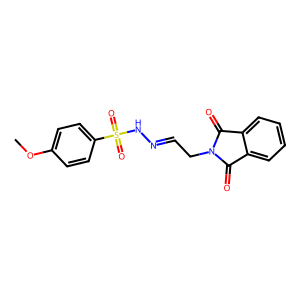
SMILES: COc1ccc(S(=O)(=O)NN=CCN2C(=O)c3ccccc3C2=O)cc1
Inhibits HIV replication: No